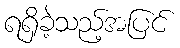
ရရှိခဲ့သည့်အပြင်